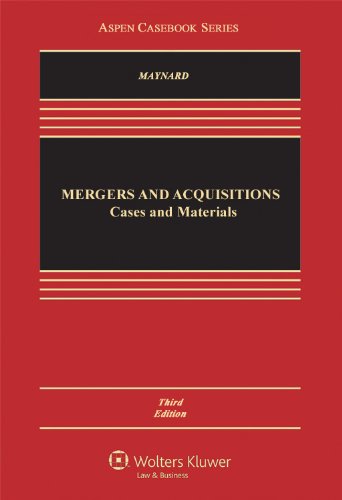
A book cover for Mergers and Acquisitions: Cases and Materials, Third Edition (Aspen Casebook); Therese Maynard; Law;